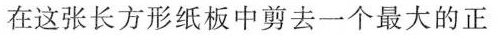
在这张长方形纸板中剪去一个最大的正